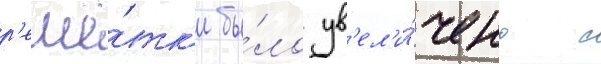
р'ешё́тк'и бы́ло ув'ел'и́чено с